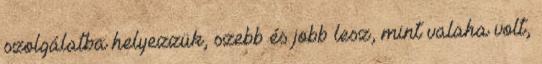
szolgálatba helyezzük, szebb és jobb lesz, mint valaha volt,